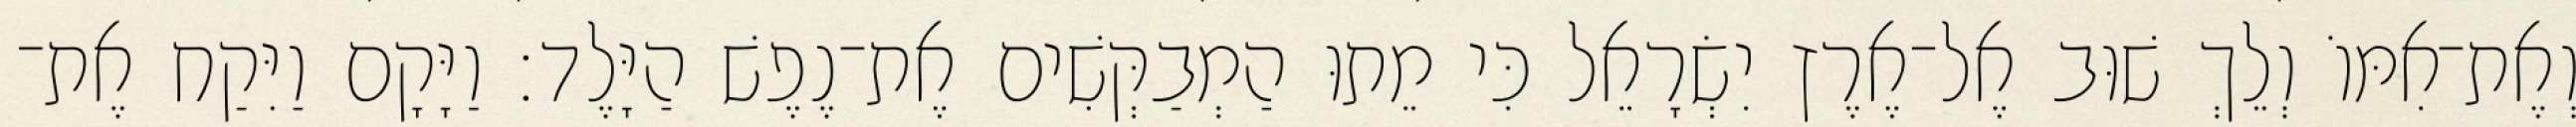
וְאֶת־אִמּוֹ וְלֵךְ שׁוּב אֶל־אֶרֶץ יִשְׂרָאֵל כִּי מֵתוּ הַמְבַקְּשִׁים אֶת־נֶפֶשׁ הַיָּלֶד׃ וַיָּקָם וַיִּקַח אֶת־